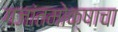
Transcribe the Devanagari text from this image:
गजांतमोक्षाचा